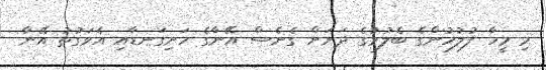
މި މީހާ ފުލުހުންގެ ބެލުމުގެ ދަށަށް ގެނެސް އޭނާގެ ހަށިގަނޑާއި އެވަގުތު އޭނާ